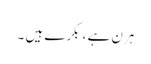
ہرن ہے ، بکرے ہیں ۔